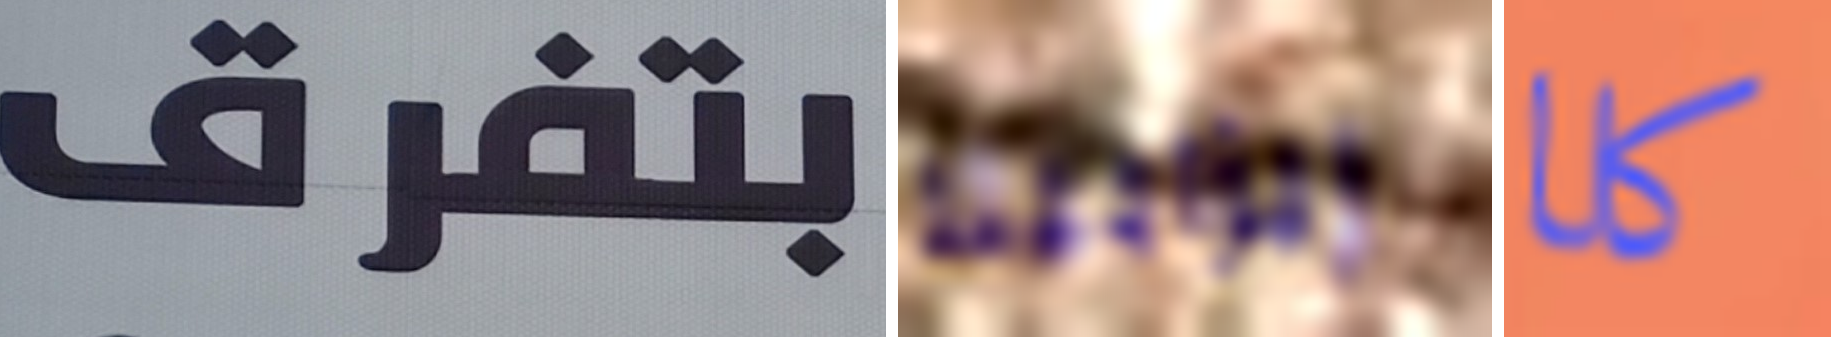
بتفرق إيزابيلا كلا